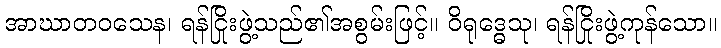
အာဃာတဝသေန၊ ရန်ငြိုးဖွဲ့သည်၏အစွမ်းဖြင့်။ ဝိရုဒ္ဓေသု၊ ရန်ငြိုးဖွဲ့ကုန်သော။